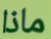
ماذا